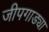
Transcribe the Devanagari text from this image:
जीपगाड्या